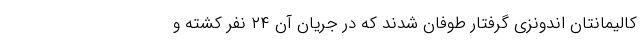
کالیمانتان اندونزی گرفتار طوفان شدند که در جریان آن ۲۴ نفر کشته و